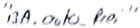
Text: "BA.auto_frei"